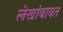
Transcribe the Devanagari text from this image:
लेखांबाबत